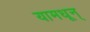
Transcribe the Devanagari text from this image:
यामधून्